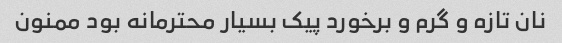
نان تازه و گرم و برخورد پیک بسیار محترمانه بود ممنون